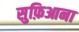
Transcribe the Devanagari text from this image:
सुफ़िआना